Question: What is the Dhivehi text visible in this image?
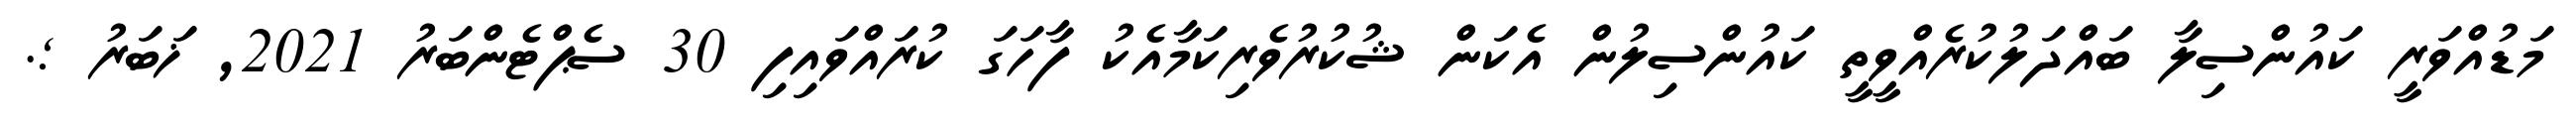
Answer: މަޑުއްވަރީ ކައުންސިލާ ބައްދަލުކުރެއްވީތީ ކައުންސިލުން އެކަން ޝުކުރުވެރިކަމާއެކު ފާހަގަ ކުރައްވައިފި 30 ސެޕްޓެންބަރު 2021, ޚަބަރު ;.